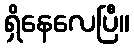
ရှိနေလေပြီ။